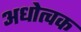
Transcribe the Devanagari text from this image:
अधोत्वक